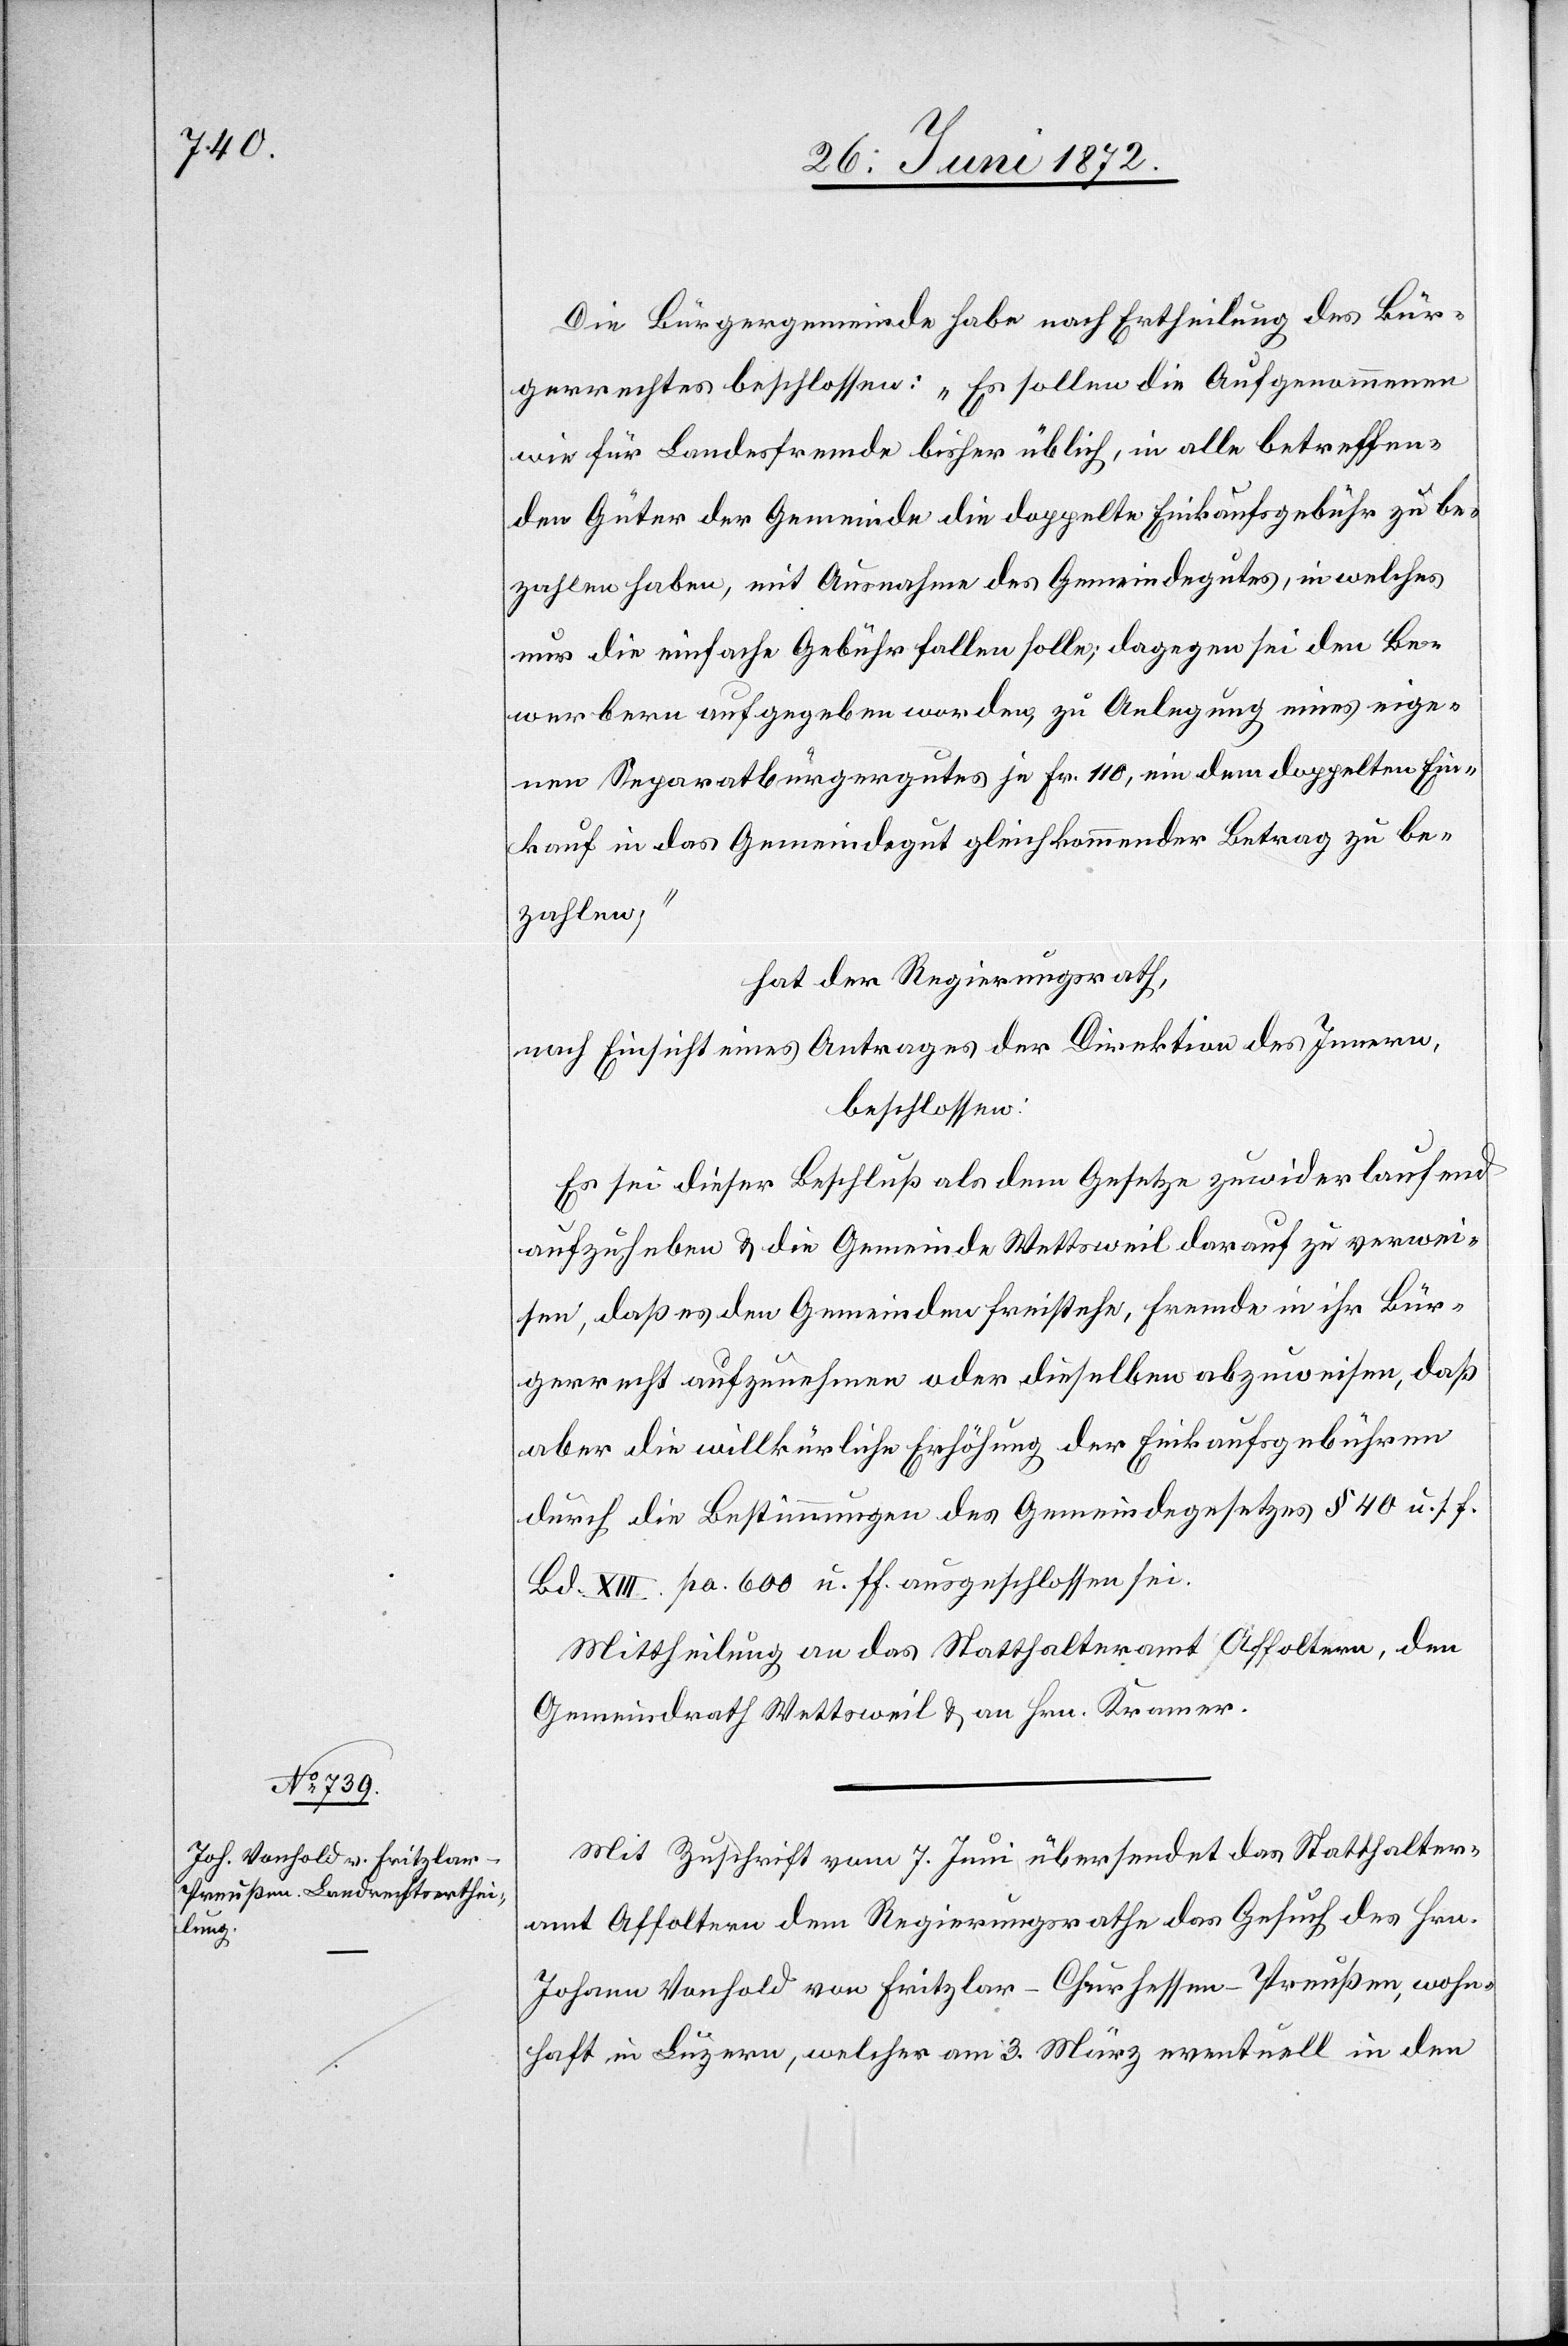
Die Bürgergemeinde habe nach Ertheilung des Bür¬
gerrechtes beschlossen: „Es sollen die Aufgenommenen
wie für Landesfremde bisher üblich, in alle betreffen¬
den Güter der Gemeinde die doppelte Einkaufsgebühr zu be¬
zahlen haben, mit Ausnahme des Gemeindegutes, in welches
nur die einfache Gebühr fallen solle; dagegen sei den Be¬
werbern aufgegeben worden, zu Anlegung eines eige¬
nen Separatbürgergutes je Fr. 110, ein dem doppelten Ein¬
kauf in das Gemeindegut gleichkommender Betrag zu be¬
zahlen;“
hat der Regierungsrath,
nach Einsicht eines Antrages der Direktion des Innern,
beschlossen:
Es sei dieser Beschluß als dem Gesetze zuwider laufend
aufzuheben u. die Gemeinde Wettsweil darauf zu verwei¬
sen, daß es den Gemeinden freisteht, Fremde in ihr Bür¬
gerrecht aufzunehmen oder dieselben abzuweisen, daß
aber die willkürliche Erhöhung der Einkaufsgebühren
durch die Bestimmungen des Gemeindegesetzes § 40 u. s. f.
Bd. XIII pa. 600 u. ff. ausgeschlossen sei.
Mittheilung an das Statthalteramt Affoltern, den
Gemeindrath Wettsweil u. an Hrn. Kramer.
Mit Zuschrift vom 7. Juni übersendet das Statthalter¬
amt Affoltern dem Regierungsrathe das Gesuch des Hrn.
Johann Vonhold von Fritzlar - Churhessen - Preußen, wohn¬
haft in Luzern, welcher am 3. März eventuell in den